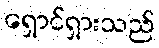
ရှောင်ရှားသည်